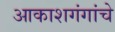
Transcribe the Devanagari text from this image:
आकाशगंगांचे